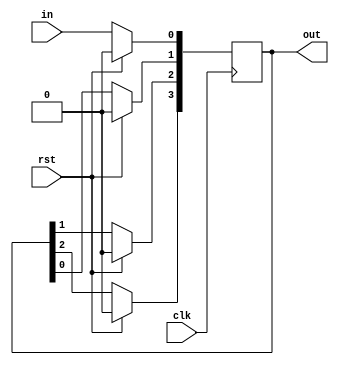
`timescale 1ns / 1ps

module inv(in,clk,rst,out);
input in,clk,rst;
output [3:0]out;
reg [3:0]out;

initial out = 4'b0000;

always @(posedge clk) begin 
if(rst) out = 4'b0000;
else begin
out[3] <= out[2];
out[2] <= out[1];
out[1] <= out[0];
out[0] <= in;
end
end

endmodule